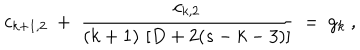
c _ { k + 1 , 2 } \ + \ \frac { c _ { k , 2 } } { ( k + 1 ) \, \left[ D + 2 ( s - k - 3 ) \right] } \ = \ g _ { k } \ ,